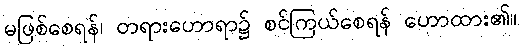
မဖြစ်စေရန်၊ တရားဟောရာ၌ စင်ကြယ်စေရန် ဟောထား၏။